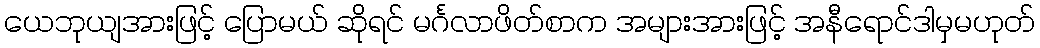
ယေဘုယျအားဖြင့် ပြောမယ် ဆိုရင် မင်္ဂလာဖိတ်စာက အများအားဖြင့် အနီရောင်ဒါမှမဟုတ်